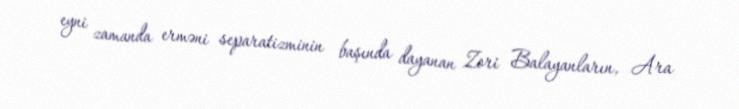
eyni zamanda erməni separatizminin başında dayanan Zori Balayanların, Ara